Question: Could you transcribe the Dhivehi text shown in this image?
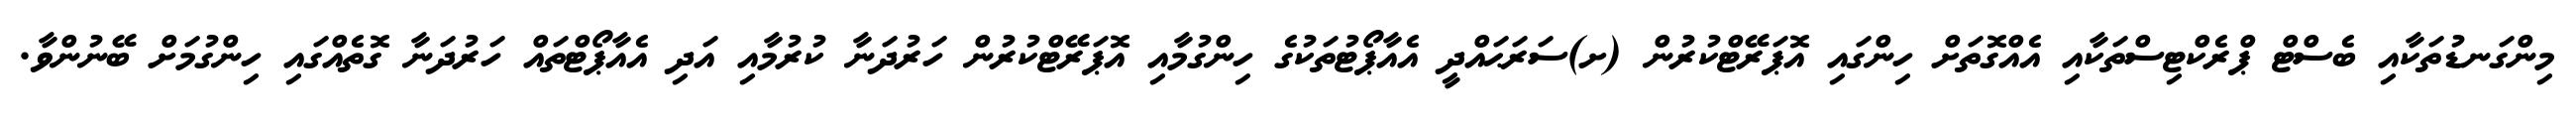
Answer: މިންގަނޑުތަކާއި ބެސްޓް ޕްރެކްޓިސްތަކާއި އެއްގޮތަށް ހިންގައި އޮޕަރޭޓްކުރުން (ށ)ސަރަޙައްދީ އެއާޕޯޓުތަކުގެ ހިންގުމާއި އޮޕަރޭޓްކުރުން ހަރުދަނާ ކުރުމާއި އަދި އެއާޕޯޓްތައް ހަރުދަނާ ގޮތެއްގައި ހިންގުމަށް ބޭނުންވާ.